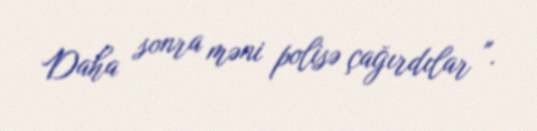
Daha sonra məni polisə çağırdılar ".